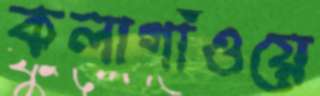
কলাগাঁওয়ে